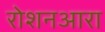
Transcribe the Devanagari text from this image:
रोशनआरा